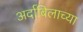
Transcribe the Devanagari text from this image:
अर्दाबिलाच्या